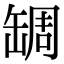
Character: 𦈺